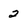
Character: 2